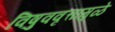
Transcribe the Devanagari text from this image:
विषुववृत्तामुळे